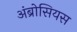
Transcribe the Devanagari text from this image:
अंब्रोसियस